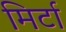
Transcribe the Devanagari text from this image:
मिर्टा